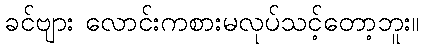
ခင်ဗျား လောင်းကစားမလုပ်သင့်တော့ဘူး။